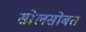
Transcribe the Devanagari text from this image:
सोलसोबत